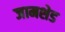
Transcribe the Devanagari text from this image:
जामशेड